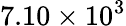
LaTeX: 7.10\times 10^{3}